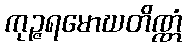
ကုဉ္ဇရမောဃတိဏ္ဏံ